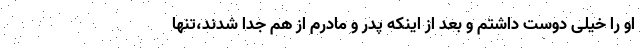
او را خیلی دوست داشتم و بعد از اینکه پدر و مادرم از هم جدا شدند،تنها